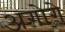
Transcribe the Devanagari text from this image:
अगोगे